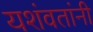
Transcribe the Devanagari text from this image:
यशंवतांनी